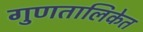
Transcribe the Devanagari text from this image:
गुणतालिकेत